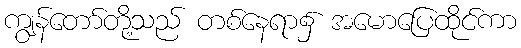
ကျွန်တော်တို့သည် တစ်နေရာ၌ အမောပြေထိုင်ကာ